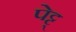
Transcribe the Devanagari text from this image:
पेट्ट्